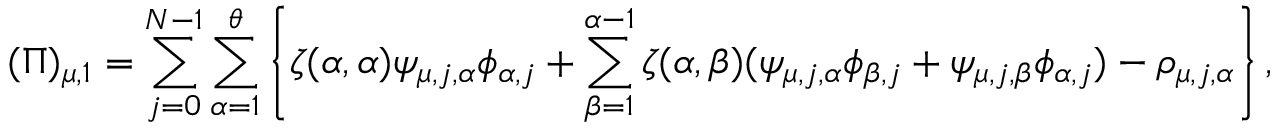
( \Pi ) _ { \mu , 1 } = \sum _ { j = 0 } ^ { N - 1 } \sum _ { \alpha = 1 } ^ { \theta } \left\{ \zeta ( \alpha , \alpha ) \psi _ { \mu , j , \alpha } \phi _ { \alpha , j } + \sum _ { \beta = 1 } ^ { \alpha - 1 } \zeta ( \alpha , \beta ) ( \psi _ { \mu , j , \alpha } \phi _ { \beta , j } + \psi _ { \mu , j , \beta } \phi _ { \alpha , j } ) - \rho _ { \mu , j , \alpha } \right\} ,